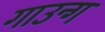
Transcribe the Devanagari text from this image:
गाउन्ग